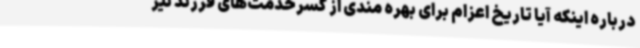
درباره اینکه آیا تاریخ اعزام برای بهره مندی از کسرخدمت‌های فرزند نیز